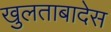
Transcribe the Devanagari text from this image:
खुलताबादेस